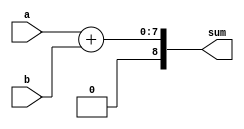
module carry_skip_adder (
    input wire [7:0] a,
    input wire [7:0] b,
    output wire [8:0] sum
);

reg [8:0] sum_temp;
wire [8:0] carry_out;

assign {carry_out[8], sum_temp[8:0]} = a + b;

assign sum[0] = sum_temp[0];
assign sum[1] = sum_temp[1];
assign sum[2] = sum_temp[2];
assign sum[3] = sum_temp[3];
assign sum[4] = sum_temp[4];
assign sum[5] = sum_temp[5];
assign sum[6] = sum_temp[6];
assign sum[7] = sum_temp[7];
assign sum[8] = carry_out[8];

endmodule